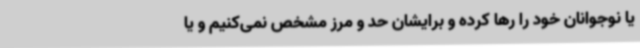
یا نوجوانان خود را رها کرده و برایشان حد و مرز مشخص نمی‌کنیم و یا